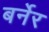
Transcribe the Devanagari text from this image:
बर्नेर